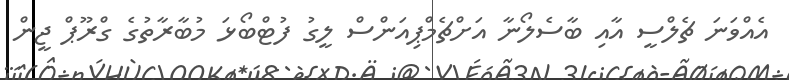
އެއްވަނަ ޗެލްސީ އާއި ބާސެލޯނާ އަށްޗެމްޕިއަންސް ލީގު ފުޓްބޯޅަ މުބާރާތުގެ ގްރޫޕް ޖީން